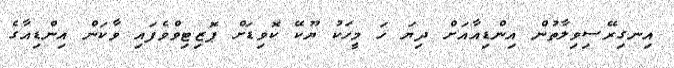
އިނގިރޭސިވިލާތުން އިންޑިއާއަށް ދިޔަ ހަ މީހަކު ޔޫކޭ ކޮވިޑަށް ޕޮޒިޓިވްވެފައި ވާކަން އިންޑިއާގެ